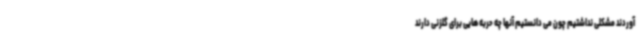
آوردند مشکلی نداشتیم چون می دانستیم آنها چه حربه هایی برای گلزنی دارند